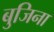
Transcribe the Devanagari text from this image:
बुजिना